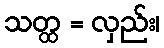
သတ္ထ = လှည်း၊